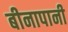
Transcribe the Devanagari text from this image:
बीनापानी